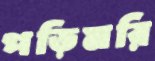
পড়িমরি